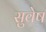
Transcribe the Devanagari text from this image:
सुवेष